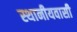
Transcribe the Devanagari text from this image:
स्थानीयवासी